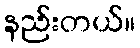
နည်းတယ်။